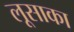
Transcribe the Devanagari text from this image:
लूसाका